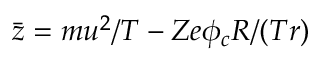
\bar { z } = m { u } ^ { 2 } / T - Z e \phi _ { c } R / ( T r )